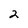
Character: 2